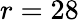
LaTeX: r=28